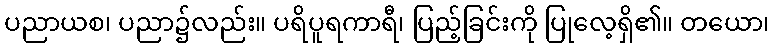
ပညာယစ၊ ပညာ၌လည်း။ ပရိပူရကာရီ၊ ပြည့်ခြင်းကို ပြုလေ့ရှိ၏။ တယော၊